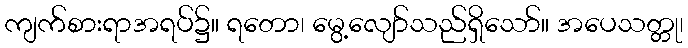
ကျက်စားရာအရပ်၌။ ရတော၊ မွေ့လျော်သည်ရှိသော်။ အပေသတ္တု၊